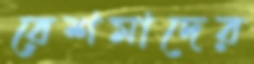
রেশমাদের